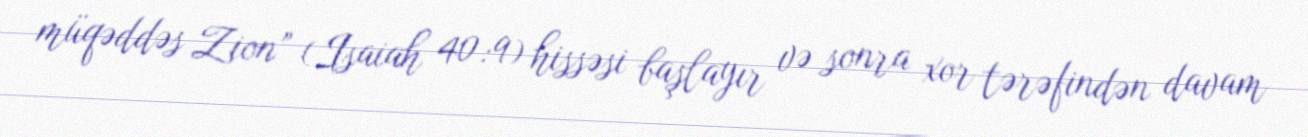
müqəddəs Zion” (Isaiah 40:9) hissəsi başlayır və sonra xor tərəfindən davam